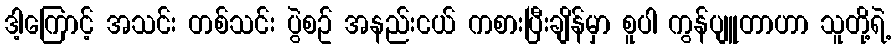
ဒါ့ကြောင့် အသင်း တစ်သင်း ပွဲစဥ် အနည်းငယ် ကစားပြီးချိန်မှာ စူပါ ကွန်ပျူတာဟာ သူတို့ရဲ့